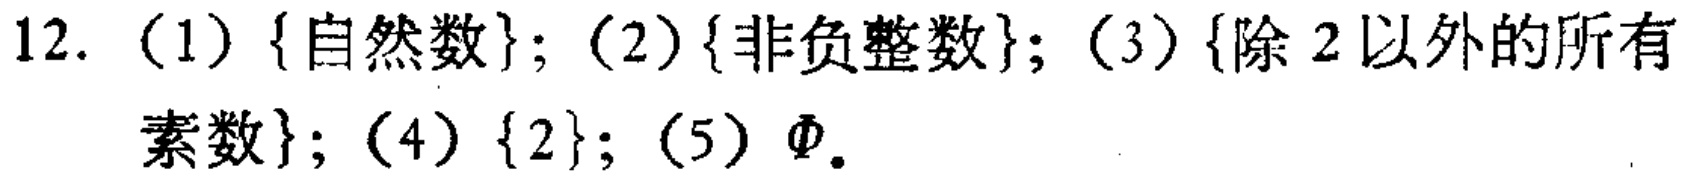
12. (1) \(\{\text{自然数}\}\); (2) \(\{\text{非负整数}\}\); (3) \(\{\text{除 }2\text{ 以外的所有素数}\}\); (4) \(\{2\}\); (5) \(\varnothing\).